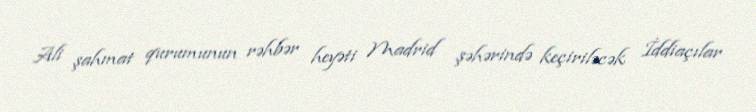
Ali şahmat qurumunun rəhbər heyəti Madrid şəhərində keçiriləcək İddiaçılar